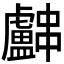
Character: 𬟳